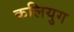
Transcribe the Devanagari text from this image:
कलियुग